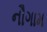
નૌગામ